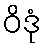
ဝိဒုံ